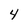
Character: 4